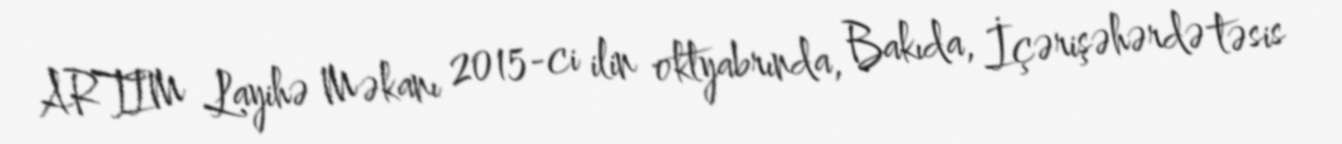
ARTIM Layihə Məkanı 2015-ci ilin oktyabrında, Bakıda, İçərişəhərdə təsis